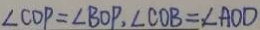
\angle C O P = \angle B O P , \angle C O B = \angle A O D